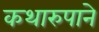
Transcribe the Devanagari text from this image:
कथारुपाने